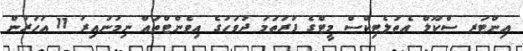
އިންޓަރ ސްކޫލް އެތުލެޓިކްސް މީޓްގެ ފުރަތަމަ ދުވަހުގެ އިވެންޓްތައް ނިމުނުއިރު 11 އަހަރުން